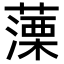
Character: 𦽼